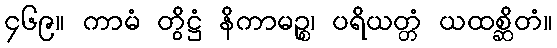
၄၆၉။ ကာမံ တွိဋ္ဌံ နိကာမဉ္စ၊ ပရိယတ္တံ ယထစ္ဆိတံ။